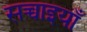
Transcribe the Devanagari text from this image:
सच्चाइयाँ